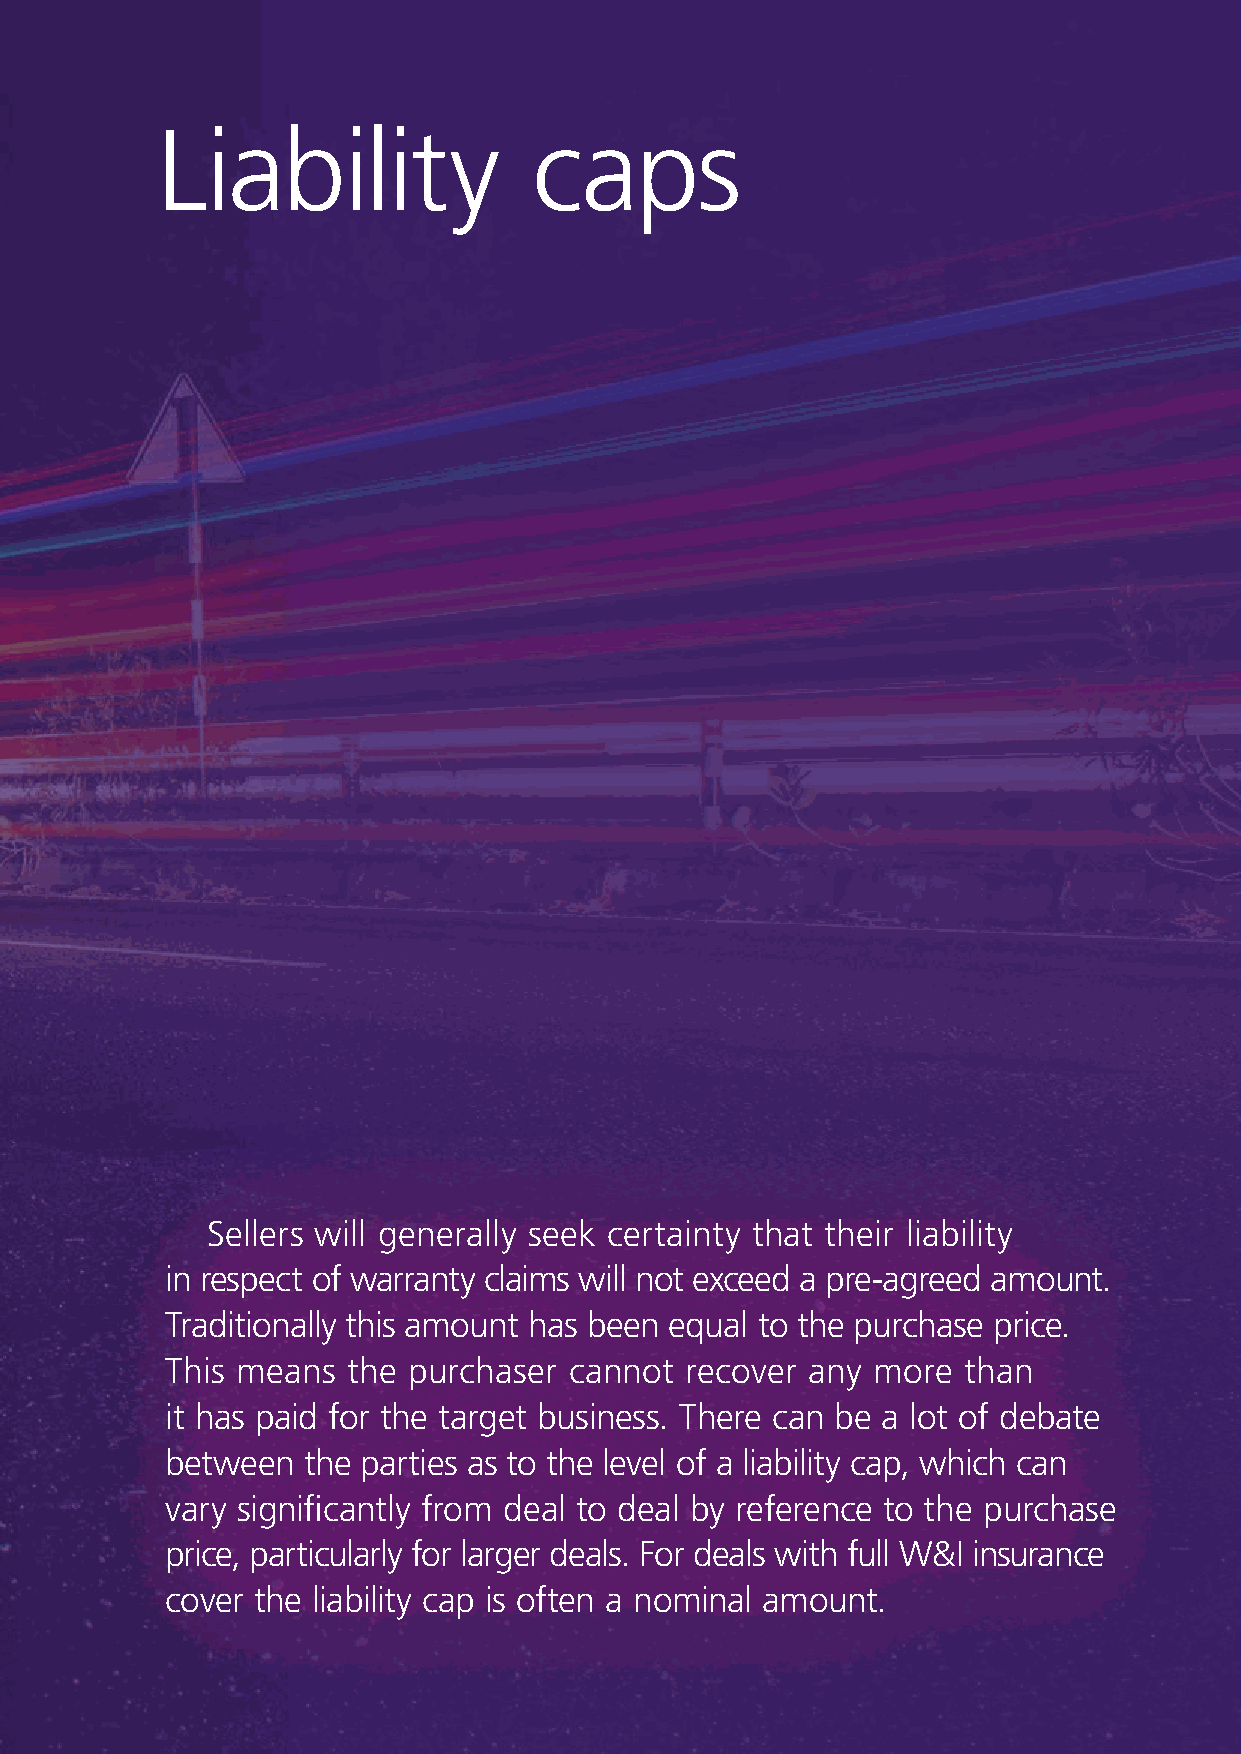
Liability                caps
 Sellers will generally seek certainty that their liability
 in respect of warranty claims will not exceed a pre-agreed amount.
 Traditionally this amount has been equal to the purchase price.
 This means  the purchaser  cannot recover  any more  than
 it has paid for the target business. There can be a lot of debate
 between  the parties as to the level of a liability cap, which can
 vary significantly from deal to deal by reference to the purchase
 price, particularly for larger deals. For deals with full W & I insurance
 cover the liability cap is often a nominal amount.